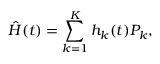
\hat { H } ( t ) = \sum _ { k = 1 } ^ { K } h _ { k } ( t ) P _ { k } ,